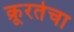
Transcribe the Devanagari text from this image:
क्रूरतेचा